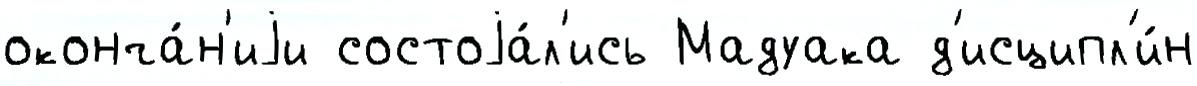
оконча́н'иjи состоjа́л'ись Мадуака д'исципл'и́н